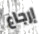
إرجاع